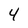
Character: 4